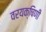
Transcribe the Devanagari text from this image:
वरयक्षिणी